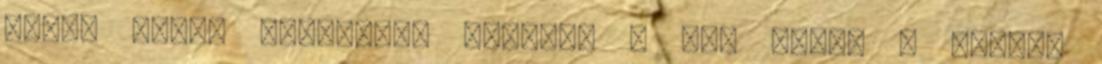
tele. Eleve hiányzott például a bal karja – mondta